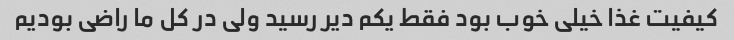
کیفیت غذا خیلی خوب بود فقط یکم دیر رسید ولی در کل ما راضی بودیم